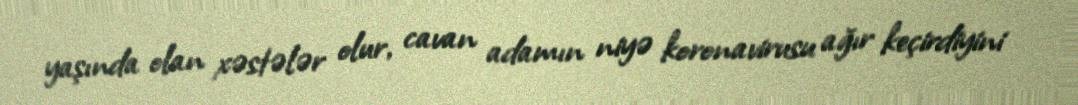
yaşında olan xəstələr olur, cavan adamın niyə koronavirusu ağır keçirdiyini